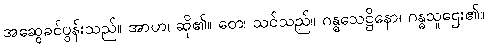
အဆွေခင်ပွန်းသည်။ အာဟ၊ ဆို၏။ တေ၊ သင်သည်။ ဂန္ဓသေဋ္ဌိနော၊ ဂန္ဓသူဌေး၏။